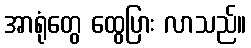
အာရုံတွေ ထွေပြား လာသည်။